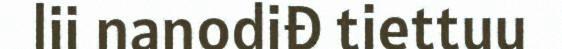
lii nanodiđ tiettuu